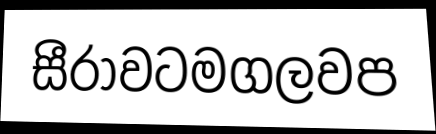
සීරාවටමගලවප